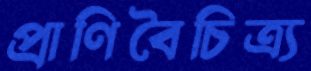
প্রাণিবৈচিত্র্য